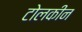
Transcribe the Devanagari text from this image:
टोलकीन